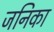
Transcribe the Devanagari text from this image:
जनिका